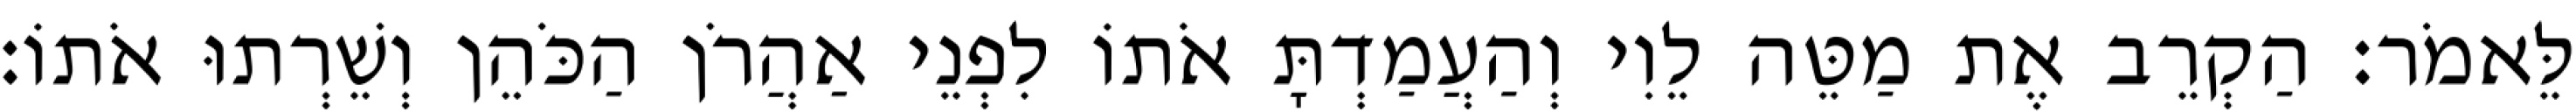
לֵּאמֹר׃ הַקְרֵב אֶת מַטֵּה לֵוִי וְהַעֲמַדְתָּ אֹתוֹ לִפְנֵי אַהֲרֹן הַכֹּהֵן וְשֵׁרְתוּ אֹתוֹ׃